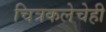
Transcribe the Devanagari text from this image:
चित्रकलेचेही